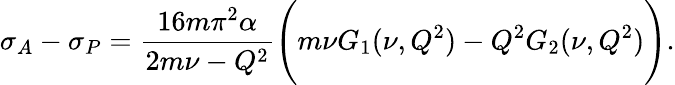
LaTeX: \sigma_{A}-\sigma_{P}={\frac{16m\pi^{2}\alpha}{2m\nu-Q^{2}}}\Biggl(m\nu G_{1}(\nu,Q^{2})-Q^{2}G_{2}(\nu,Q^{2})\Biggr).